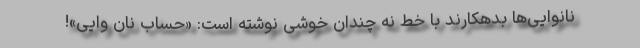
نانوایی‌ها بدهکارند با خط نه چندان خوشی نوشته است: «حساب نان وایی»!